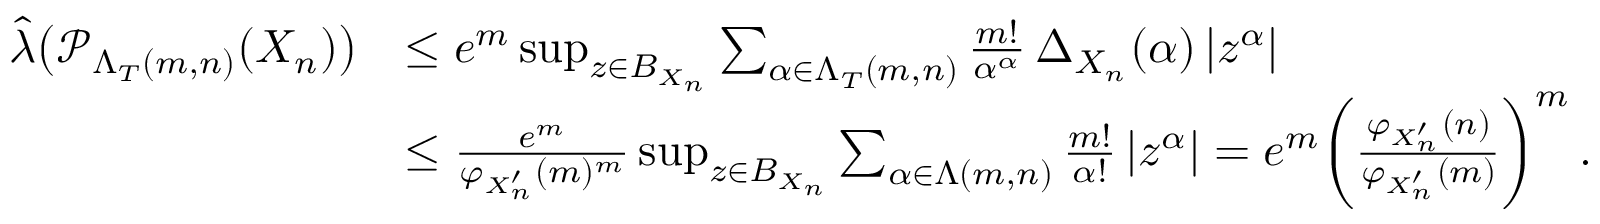
\begin{array} { r l } { \widehat { \boldsymbol { \lambda } } \big ( \mathcal { P } _ { \Lambda _ { T } ( m , n ) } ( X _ { n } ) \big ) } & { \leq e ^ { m } \operatorname* { s u p } _ { z \in B _ { X _ { n } } } \sum _ { \alpha \in \Lambda _ { T } ( m , n ) } \frac { m ! } { \alpha ^ { \alpha } } \, \Delta _ { X _ { n } } ( \alpha ) \, | z ^ { \alpha } | } \\ & { \leq \frac { e ^ { m } } { \varphi _ { X _ { n } ^ { \prime } } ( m ) ^ { m } } \operatorname* { s u p } _ { z \in B _ { X _ { n } } } \sum _ { \alpha \in \Lambda ( m , n ) } \frac { m ! } { \alpha ! } \, | z ^ { \alpha } | = e ^ { m } \bigg ( \frac { \varphi _ { X _ { n } ^ { \prime } } ( n ) } { \varphi _ { X _ { n } ^ { \prime } } ( m ) } \bigg ) ^ { m } \, . } \end{array}